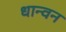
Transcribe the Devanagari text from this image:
धान्वन